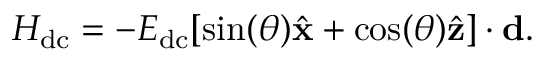
H _ { \mathrm { d c } } = - E _ { \mathrm { d c } } [ \sin ( \theta ) { \hat { \bf x } } + \cos ( \theta ) { \hat { \bf z } } ] \cdot \mathbf { d } .